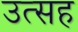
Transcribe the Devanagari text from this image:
उत्सह